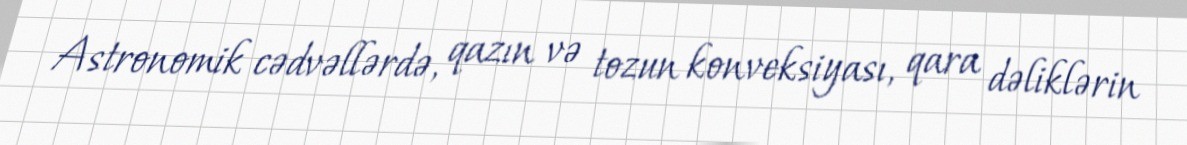
Astronomik cədvəllərdə, qazın və tozun konveksiyası, qara dəliklərin